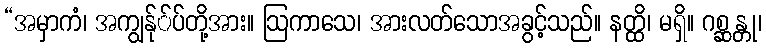
“အမှာကံ၊ အကျွန်ု်ပ်တို့အား။ ဩကာသေ၊ အားလတ်သောအခွင့်သည်။ နတ္ထိ၊ မရှိ။ ဂစ္ဆန္တု၊